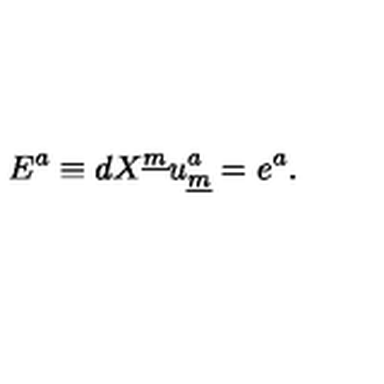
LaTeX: E ^ { a } \equiv d X ^ { \underline { { m } } } u _ { \underline { { m } } } ^ { a } = e ^ { a } .